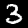
Digit: 3